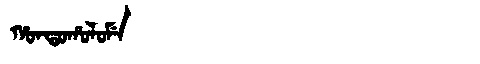
Manchu: ᡥᠣᠨᡨᠣᡥᠣᠯᠣᠮᡝ
Romanization: HONTOHOLOME